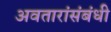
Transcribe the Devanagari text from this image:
अवतारांसंबंधी